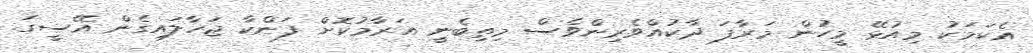
އެކަމަކު މިއުޅޭ މީހުން މަރާފަ ދާކުއްވެރިންވެސް މިތިބެނީ އަރާމުކޮށް ފަންކާ ޖަހާލައިގެން އޭސީގަ.